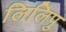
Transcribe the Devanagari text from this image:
लिलिपु